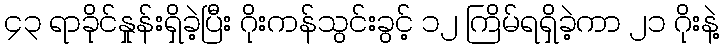
၄၃ ရာခိုင်နှုန်းရှိခဲ့ပြီး ဂိုးကန်သွင်းခွင့် ၁၂ ကြိမ်ရရှိခဲ့ကာ ၂၁ ဂိုးနဲ့